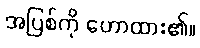
အပြစ်ကို ဟောထား၏။